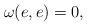
LaTeX: \begin{align*}\omega(e,e)=0,\end{align*}